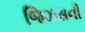
જિઝસની